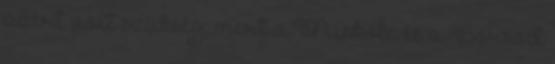
azért volt szükség, mert a Miskolc és a Borsod